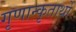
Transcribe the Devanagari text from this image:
गृणान्कृतार्थो